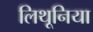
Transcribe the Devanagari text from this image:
लिथूनिया